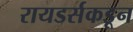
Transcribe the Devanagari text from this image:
रायडर्सकडून